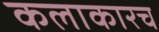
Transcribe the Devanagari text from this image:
कलाकारच